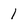
Character: 1